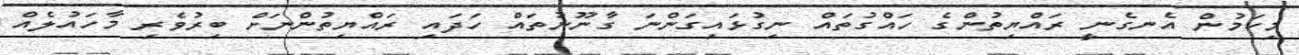
މިކަމުން އެނގެނީ ރައްޔިތުންގެ ހައްގުތައް ނިގުޅައިގަންނަ ގާނޫނުތައް ހަދައި ރައްޔިތުންނަށް ބިރުވެރި މާހައުލެއް